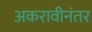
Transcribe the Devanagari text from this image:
अकरावीनंतर